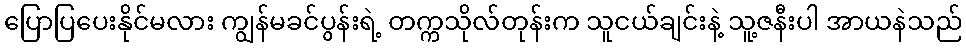
ပြောပြပေးနိုင်မလား ကျွန်မခင်ပွန်းရဲ့ တက္ကသိုလ်တုန်းက သူငယ်ချင်းနဲ့ သူ့ဇနီးပါ အာယနဲသည်